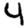
Digit: 4